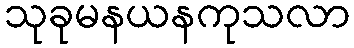
သုခုမနယနကုသလာ